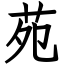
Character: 苑